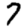
Digit: 7